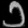
Digit: ၁